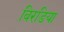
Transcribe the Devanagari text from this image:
विरडिया